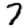
Digit: 7